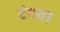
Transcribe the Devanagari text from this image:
टंगवा